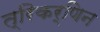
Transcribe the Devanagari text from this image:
त्रिकर्णिन